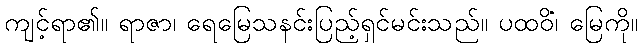
ကျင့်ရာ၏။ ရာဇာ၊ ရေမြေသနင်းပြည့်ရှင်မင်းသည်။ ပထဝိံ၊ မြေကို။